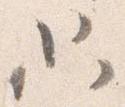
只